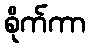
စိုက်ကာ